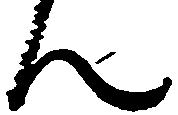
ん